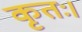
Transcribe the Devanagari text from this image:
कृतः।